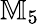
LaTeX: \mathbb{M}_{5}